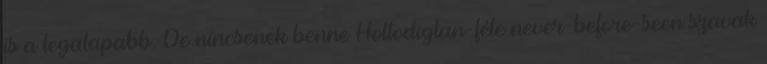
is a legalapabb. De nincsenek benne Holtodiglan-féle never-before-seen szavak